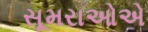
સૂમરાઓએ